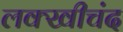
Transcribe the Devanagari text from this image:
लक्खीचंद